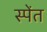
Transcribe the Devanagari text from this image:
स्पेंत